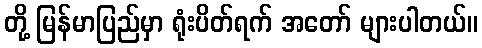
တို့ မြန်မာပြည်မှာ ရုံးပိတ်ရက် အတော် များပါတယ်။